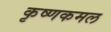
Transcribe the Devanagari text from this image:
कृष्णकमल